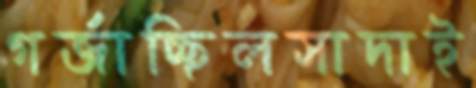
গর্‌জাচ্ছিলসাদাই